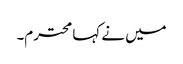
میں نے کہا محترم۔